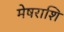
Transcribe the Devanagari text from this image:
मेषराशि